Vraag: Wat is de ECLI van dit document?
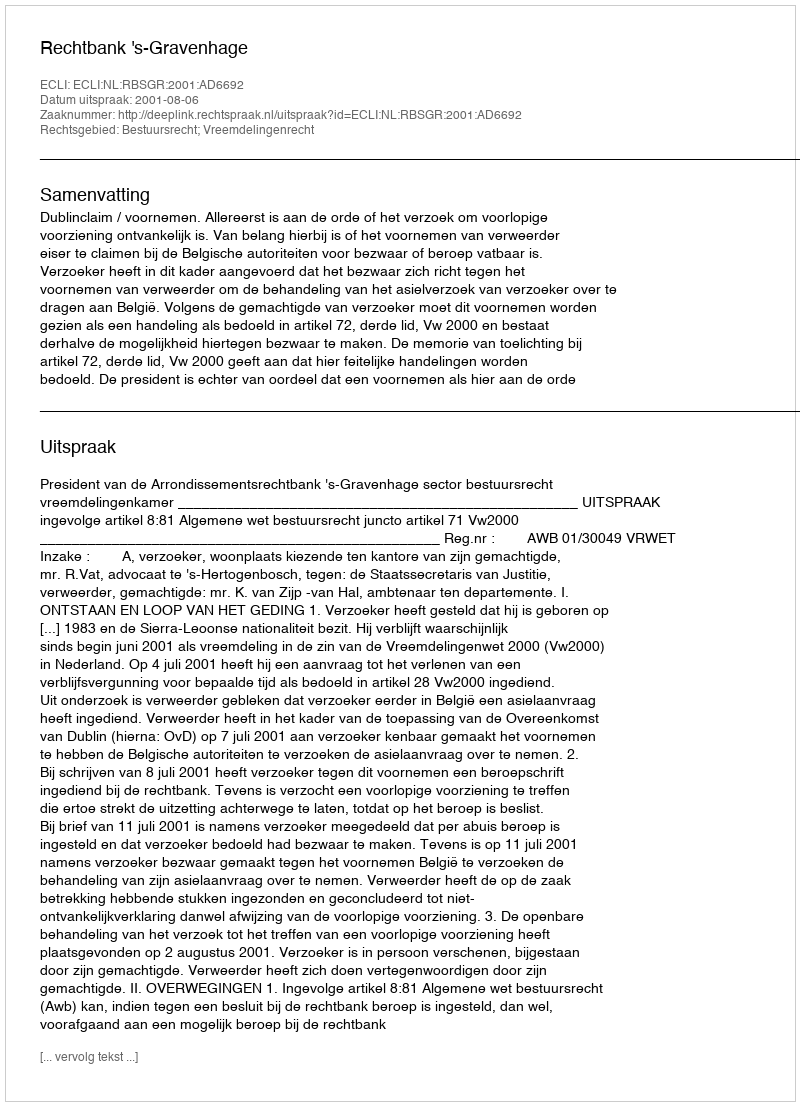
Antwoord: ECLI:NL:RBSGR:2001:AD6692